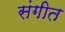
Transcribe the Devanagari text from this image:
संगीत